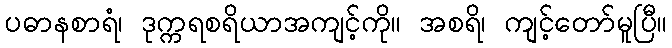
ပဓာနစာရံ၊ ဒုက္ကရစရိယာအကျင့်ကို။ အစရိ၊ ကျင့်တော်မူပြီ။